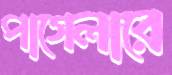
পাগেলারে